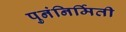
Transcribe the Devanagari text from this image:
पुनंनिर्मिती